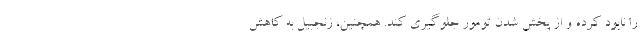
را نابود کرده و از پخش شدن تومور جلوگیری کند. همچنین، زنجبیل به کاهش